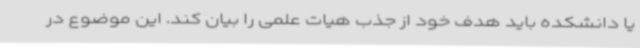
یا دانشکده باید هدف خود از جذب هیات علمی را بیان کند. این موضوع در